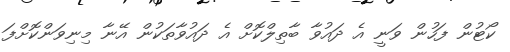
ކޯޓުން ފަހުން ވަނީ އެ ދައުވާ ބާތިލްކޮށް އެ ދައުވާތަކުން އޭނާ މިނިވަންކޮށްފަ